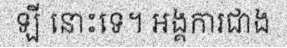
ឡី នោះទេ។ អង្គការជាង